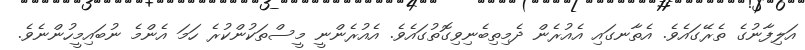
އަލިފާނުގެ ތެރޭގައެވެ. އެތާނގައި އެއުރެން ދެމިތިބެނިވިގޮތުގައެވެ. އެއުރެންނީ މީސްތަކުންކުރެ ހަމަ އެންމެ ނުބައިމީހުންނެވެ.